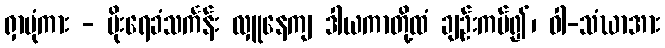
ရှာပုံကား - မိုးရေခံသင်္ကန်း လှူနေကျ ဒါယကာတို့ထံ ချဉ်းကပ်၍၊ ဝါ-သံဃာအား